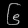
Digit: ၆